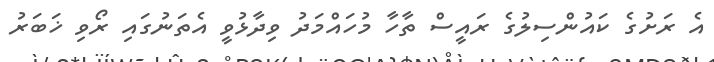
އެ ރަށުގެ ކައުންސިލުގެ ރައީސް ތާހާ މުހައްމަދު ވިދާޅުވީ އެތަނުގައި ރޯވި ޚަބަރު